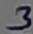
Text: 3